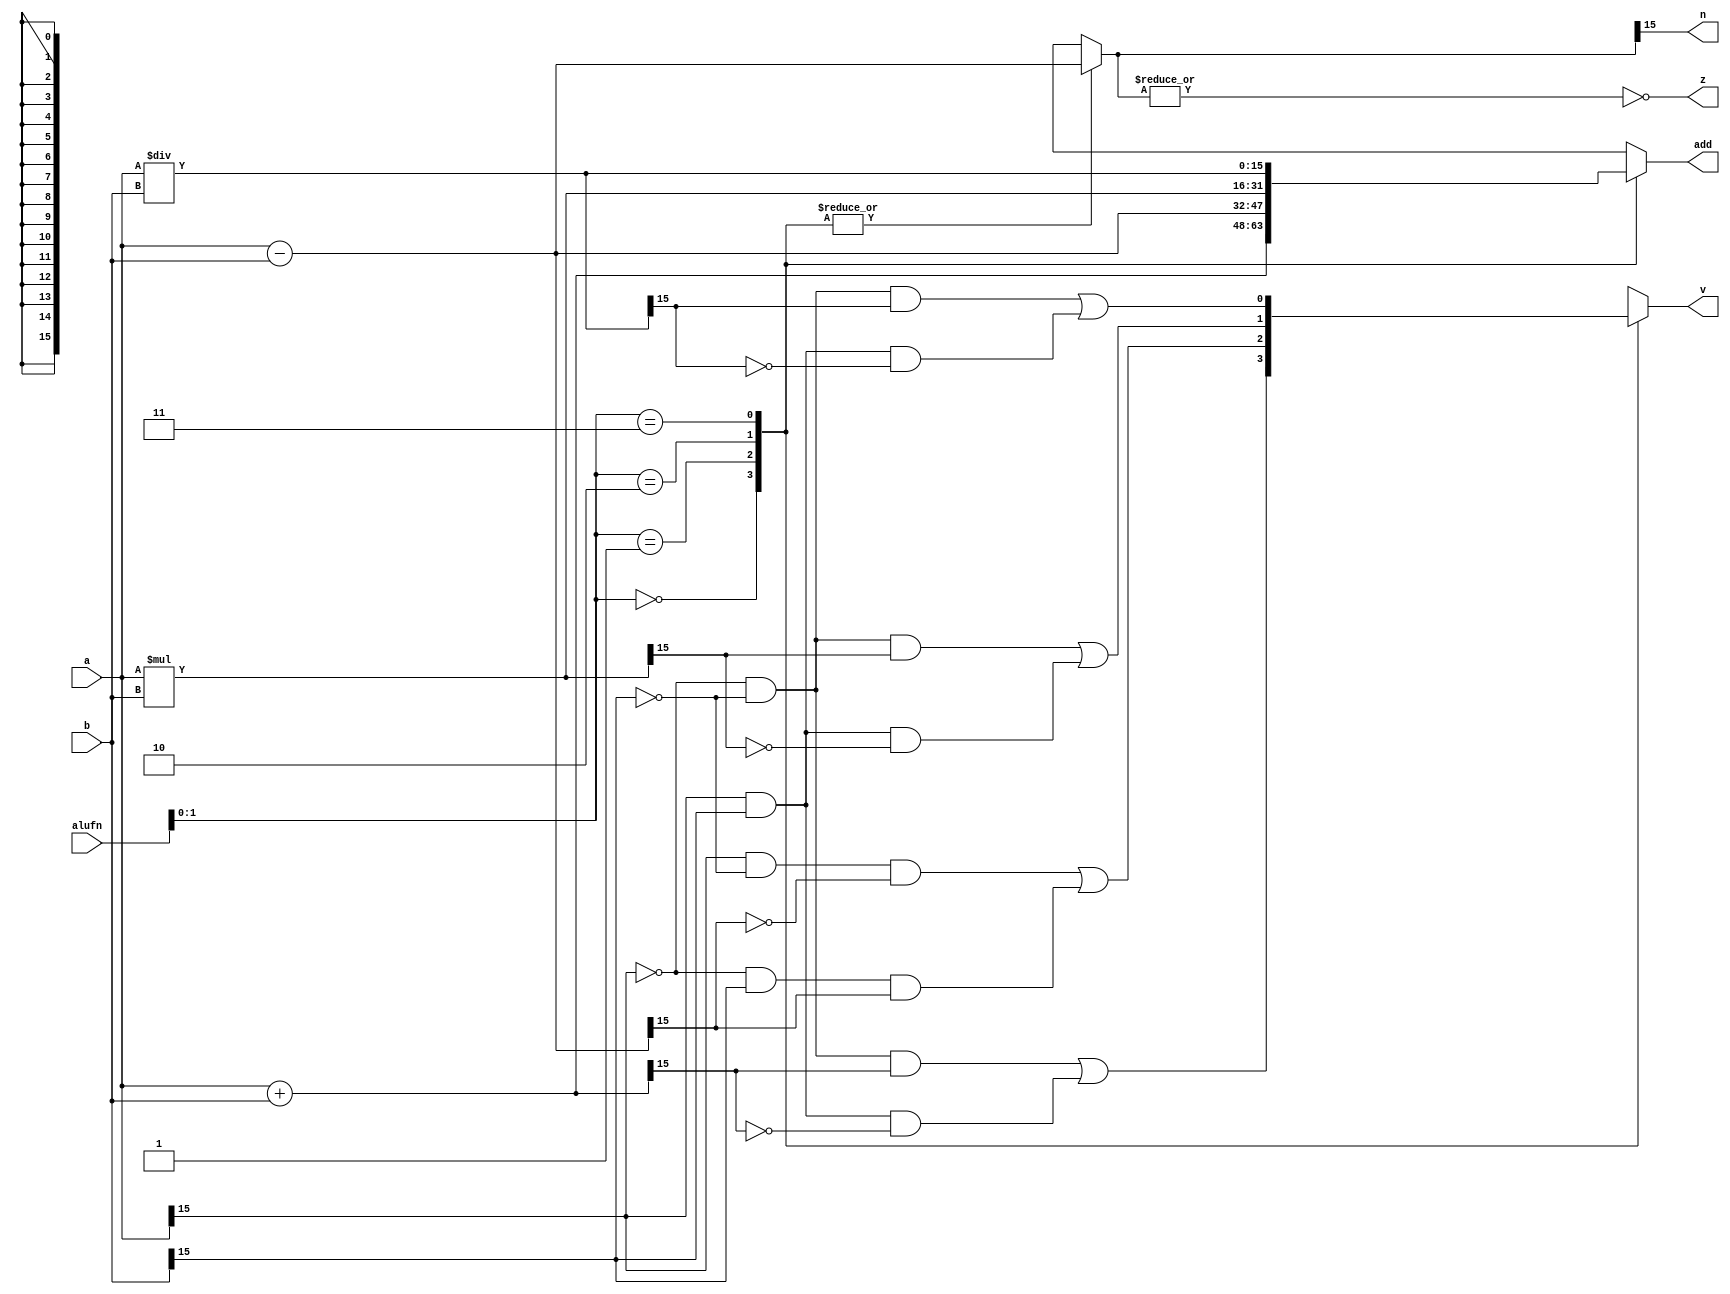
/*
   This file was generated automatically by Alchitry Labs version 1.1.6.
   Do not edit this file directly. Instead edit the original Lucid source.
   This is a temporary file and any changes made to it will be destroyed.
*/

module adder16b_7 (
    input [15:0] a,
    input [15:0] b,
    input [5:0] alufn,
    output reg [15:0] add,
    output reg z,
    output reg v,
    output reg n
  );
  
  
  
  reg [15:0] adder;
  
  reg [15:0] subber;
  
  reg overflow;
  
  always @* begin
    
    case (alufn[0+1-:2])
      2'h0: begin
        adder = a + b;
        subber = a - b;
        overflow = (~a[15+0-:1] & ~b[15+0-:1] & adder[15+0-:1]) | (a[15+0-:1] & b[15+0-:1] & ~adder[15+0-:1]);
      end
      2'h1: begin
        adder = a - b;
        subber = a - b;
        overflow = (a[15+0-:1] & ~b[15+0-:1] & ~subber[15+0-:1]) | (~a[15+0-:1] & b[15+0-:1] & subber[15+0-:1]);
      end
      2'h2: begin
        adder = a * b;
        subber = a - b;
        overflow = (~a[15+0-:1] & ~b[15+0-:1] & adder[15+0-:1]) | (a[15+0-:1] & b[15+0-:1] & ~adder[15+0-:1]);
      end
      2'h3: begin
        adder = a / b;
        subber = a - b;
        overflow = (~a[15+0-:1] & ~b[15+0-:1] & adder[15+0-:1]) | (a[15+0-:1] & b[15+0-:1] & ~adder[15+0-:1]);
      end
      default: begin
        adder = a + b;
        subber = a - b;
        overflow = 1'h0;
      end
    endcase
    z = (~|subber);
    n = subber[15+0-:1];
    add = adder;
    v = overflow;
  end
endmodule